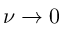
\nu \to 0